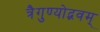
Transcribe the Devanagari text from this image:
त्रैगुण्योद्भवम्